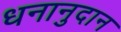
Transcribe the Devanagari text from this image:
धनानुदान